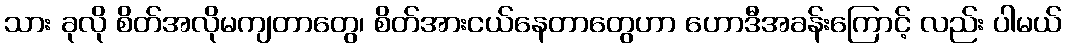
သား ခုလို စိတ်အလိုမကျတာတွေ၊ စိတ်အားငယ်နေတာတွေဟာ ဟောဒီအခန်းကြောင့် လည်း ပါမယ်